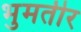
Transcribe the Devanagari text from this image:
भुमतीर